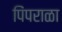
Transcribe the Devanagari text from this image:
पिंपराळा